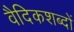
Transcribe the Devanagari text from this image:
वैदिकशब्दों